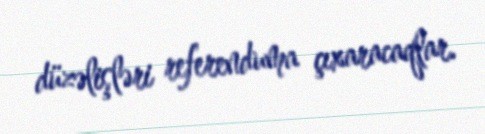
düzəlişləri referenduma çıxaracaqlar.